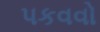
પકવવો